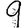
Digit: 9